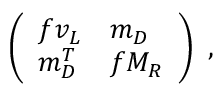
\left( \begin{array} { l l } { { f v _ { L } } } & { { m _ { D } } } \\ { { m _ { D } ^ { T } } } & { { f M _ { R } } } \end{array} \right) \ ,